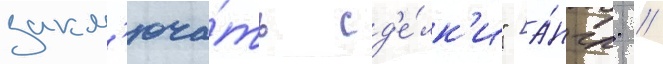
закл'юча́ть сд'е́лк'и" [а́нгл. //